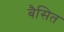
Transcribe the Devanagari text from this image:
बैसित